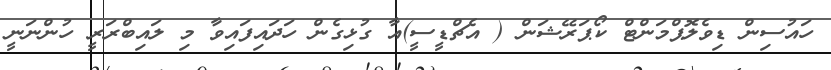
ހައުސިން ޑިވެލޮޕްމަންޓް ކޯޕަރޭޝަން ( އެޗްޑީސީ)އާ ގުޅިގެން ހަދައިފައިވާ މި ލައިބްރަރީ ހުންނަނީ